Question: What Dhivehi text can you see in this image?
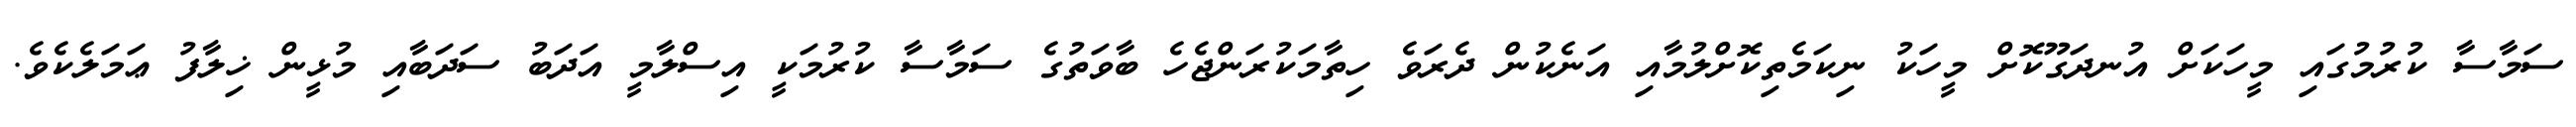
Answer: ސަމާސާ ކުރުމުގައި މީހަކަށް އުނދަގޫކޮށް މީހަކު ނިކަމެތިކޮށްލުމާއި އަނެކުން ދެރަވެ ހިތާމަކުރަންޖެހެ ބާވަތުގެ ސަމާސާ ކުރުމަކީ އިސްލާމީ އަދަބު ސަދަބާއި މުޅީން ޚިލާފު ޢަމަލެކެވެ.